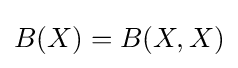
B(X)=B(X,X)